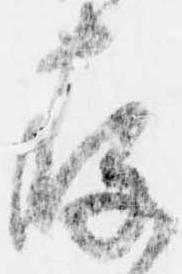
存